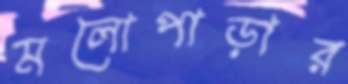
মলোপাড়ার